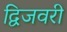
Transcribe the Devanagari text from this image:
द्विजवरी